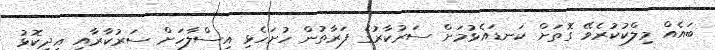
ބައެއް މިލްކުކުރެވޭ ގޮތަށް ކަނޑައެޅުމަށް ސަރުކާރުގެ ފަރާތުން ހުށަހެޅި އިސްލާހަށް ސަރުކާރާއި އިދިކޮޅު